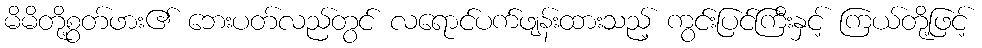
မိမိတို့စွတ်ဖား၏ ဘေးပတ်လည်တွင် လရောင်ပက်ဖျန်းထားသည့် ကွင်းပြင်ကြီးနှင့် ကြယ်တို့ဖြင့်